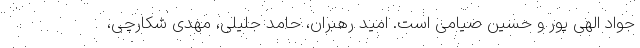
جواد الهی پور و حسین صیامی است. امید رهبران، حامد جلیلی، مهدی شکارچی،